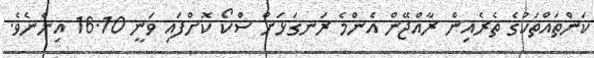
ކަންތައްތަކުގެ ތެރެއިން ރާއްޖޭން އެންމެ ރަނގަޅަށް ސްކޯ ކޮށްފައި ވަނީ 16.10 އިންނެވެ.